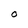
Character: O